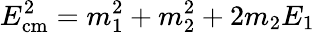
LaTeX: E_{\mathrm{cm}}^{2}=m_{1}^{2}+m_{2}^{2}+2m_{2}E_{1}